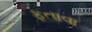
ફતાવા